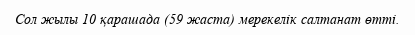
Сол жылы 10 қарашада (59 жаста) мерекелік салтанат өтті.